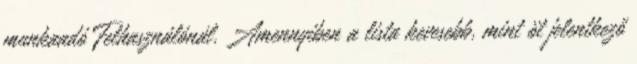
munkaadó Felhasználónál. Amennyiben a lista kevesebb, mint öt jelentkező